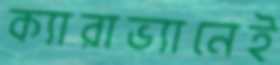
ক্যারাভ্যানেই